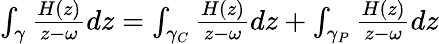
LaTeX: \begin{array}{r}{\int_{\gamma}\frac{H(z)}{z-\omega}dz=\int_{\gamma_{C}}\frac{H(z)}{z-\omega}dz+\int_{\gamma_{P}}\frac{H(z)}{z-\omega}dz}\end{array}